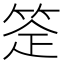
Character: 𬕈